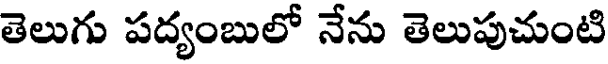
తెలుగు పద్యంబులో నేను తెలుపుచుంటి